Indian journal of veterinary science and animal husbandry - Volume 13,
Year: 1943
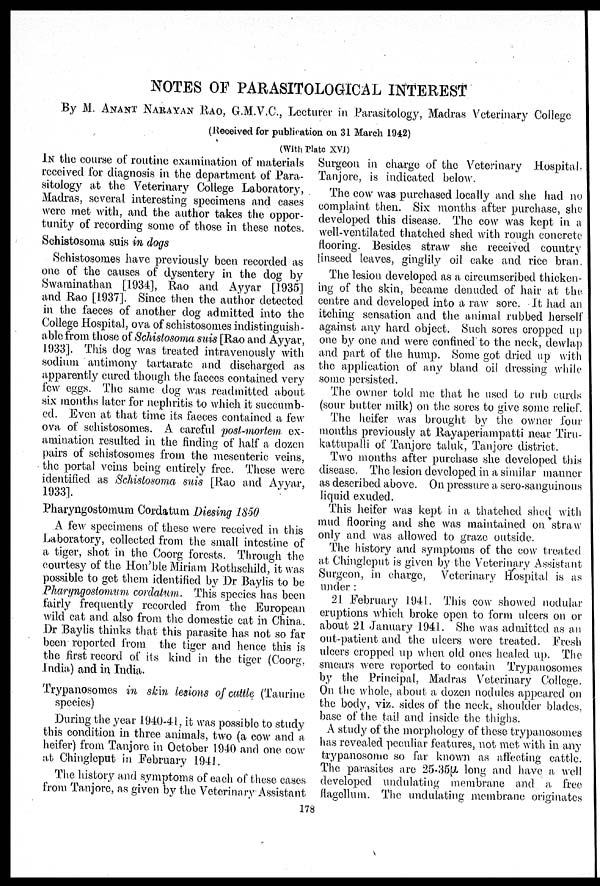
NOTES OF PARASITOLOGICAL INTEREST
By M. ANANT NARAYAN RAO, G.M.V.C., Lecturer in Parasitology, Madras Veterinary College
(Received for publication on 31 March 1942)
(With Plate XVI)
IN the course of routine examination of materials
received for diagnosis in the department of Para-
sitology at the Veterinary College Laboratory,
Madras, several interesting specimens and cases
were met with, and the author takes the oppor-
tunity of recording some of those in these notes.
Schistosoma suis in dogs
Schistosomes have previously been recorded as
one of the causes of dysentery in the dog by
Swaminathan [1934], Rao and Ayyar [1935]
and Rao [1937]. Since then the author detected
in the faeces of another dog admitted into the
College Hospital, ova of schistosomes indistinguish -
able from those of Schistosoma suis [Rao and Ayyar,
1933]. This dog was treated intravenously with
sodium antimony tartarate and discharged as
apparently cured though the faeces contained very
few eggs. The same dog was readmitted about
six months later for nephritis to which it succumb-
ed. Even at that time its faeces contained a few
ova of schistosomes. A careful post-mortem ex-
amination resulted in the finding of half a dozen
pairs of schistosomes from the mesenteric veins,
the portal veins being entirely free. These were
identified as Schistosoma suis [Rao and Ayyar,
1933].
Pharyngostomum Cordatum Diesing 1850
A few specimens of these were received in this
Laboratory, collected from the small intestine of
a tiger, shot in the Coorg forests. Through the
courtesy of the Hon'ble Miriam Rothschild, it was
possible to get them identified by Dr Baylis to be
Pharyngostomum cordatum. This species has been
fairly frequently recorded from the European
wild cat and also from the domestic cat in China.
Dr Baylis thinks that this parasite has not so far
been reported from the tiger and hence this is
the first record of its kind in the tiger (Coorg,
India) and in India.
Trypanosomes in skin lesions of cattle (Taurine
species)
During the year 1940-41, it was possible to study
this condition in three animals, two (a cow and a
heifer) from Tanjore in October 1940 and one cow
at Chingleput in February 1941.
The history and symptoms of each of these cases
from Tanjore, as given by the Veterinary Assistant
Surgeon in charge of the Veterinary Hospital,
Tanjore, is indicated below.
The cow was purchased locally and she had no
complaint then. Six months after purchase, she
developed this disease. The cow was kept in a
well-ventilated thatched shed with rough concrete
flooring. Besides straw she received country
linseed leaves, ginglily oil cake and rice bran.
The lesion developed as a circumscribed thicken-
ing of the skin, became denuded of hair at the.
centre and developed into a raw sore. It had an
itching sensation and the animal rubbed herself
against any hard object. Such sores cropped up
one by one and were confined to the neck, dewlap
and part of the hump. Some got dried up with
the application of any bland oil dressing while
some persisted.
The owner told me that he used to rub curds
(sour butter milk) on the sores to give some relief.
The heifer was brought by the owner four
months previously at Rayaperiampatti near Tiru-
kattupalli of Tanjore taluk, Tanjore district.
Two months after purchase she developed this
disease. The lesion developed in a similar manner
as described above. On pressure a sero-sanguinous
liquid exuded.
This heifer was kept in a thatched shed with
mud flooring and she was maintained on straw
only and was allowed to graze outside.
The history and symptoms of the cow treated
at Chingleput is given by the Veterinary Assistant
Surgeon, in charge, Veterinary Hospital is as
under :
21 February 1941. This cow showed nodular
eruptions which broke open to form ulcers on or
about 21 January 1941. She was admitted as an
out-patient and the ulcers were treated. Fresh
ulcers cropped up when old ones healed up. The
smears were reported to contain Trypanosomes
by the Principal, Madras Veterinary College.
On the whole, about a dozen nodules appeared on
the body, viz. sides of the neck, shoulder blades,
base of the tail and inside the thighs.
A study of the morphology of these trypanosomes
has revealed peculiar features, not met with in any
trypanosome so far known as affecting cattle.
The parasites are 25-35µ long and have a well
developed undulating membrane and a free
flagellum. The undulating membrane originates
178